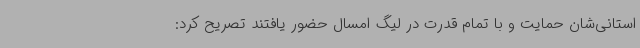
استانی‌شان حمایت و با تمام قدرت در لیگ امسال حضور یافتند تصریح کرد: